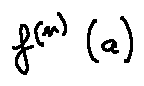
f ^ { ( n ) } ( a )